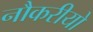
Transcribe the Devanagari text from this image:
नौकरीयो